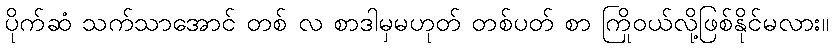
ပိုက်ဆံ သက်သာအောင် တစ် လ စာဒါမှမဟုတ် တစ်ပတ် စာ ကြိုဝယ်လို့ဖြစ်နိုင်မလား။